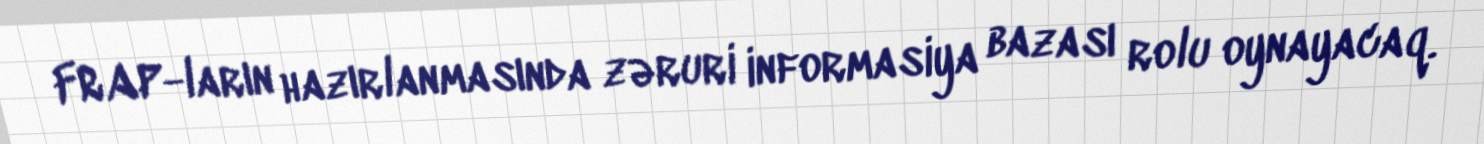
FRAP-ların hazırlanmasında zəruri informasiya bazası rolu oynayacaq.